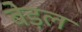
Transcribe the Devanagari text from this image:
बेड़ल